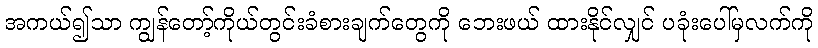
အကယ်၍သာ ကျွန်တော့်ကိုယ်တွင်းခံစားချက်တွေကို ဘေးဖယ် ထားနိုင်လျှင် ပခုံးပေါ်မှလက်ကို